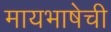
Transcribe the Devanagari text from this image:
मायभाषेची